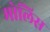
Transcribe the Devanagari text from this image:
मोलिस